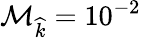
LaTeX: \mathcal{M}_{\widehat{k}}=10^{-2}